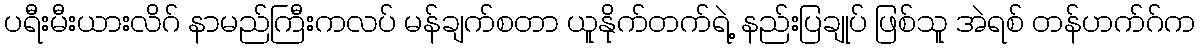
ပရီးမီးယားလိဂ် နာမည်ကြီးကလပ် မန်ချက်စတာ ယူနိုက်တက်ရဲ့ နည်းပြချုပ် ဖြစ်သူ အဲရစ် တန်ဟက်ဂ်က